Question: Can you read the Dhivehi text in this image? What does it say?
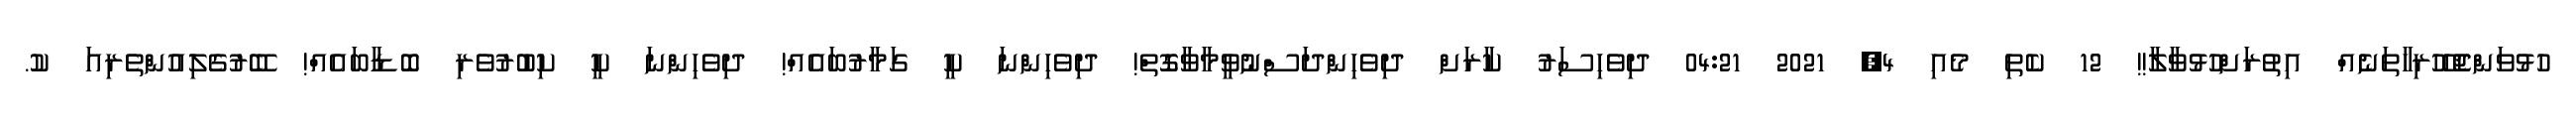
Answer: ހުޅުވަންޖެހޭހުރިހާތަނެއް އިތުރަށްހުޅުވާލާ!! 12 ކެތި މެއި 4, 2021 04:21 ދިވެހިސަރު ކާރަށް ދިވެހިންދަސްނުވީމާވާގޮތް! ދިވެހިންނަ ކީ ގަމާރުބައެއް! ދިވެހިންނަ ކީ ކިބުރުވެރި ބޮޑާބައެއް! ބޭރުގެލިއުންތެރިއަ ކު.